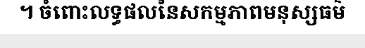
។ ចំពោះលទ្ធផលនៃសកម្មភាពមនុស្សធម៌